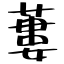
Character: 蔞